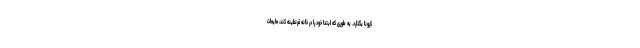
کرونا بگذارد. به طوری که ابتدا خود را در خانه قرنطینه کند، مایعات